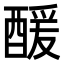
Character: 𮠹